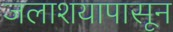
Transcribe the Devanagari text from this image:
जलाशयापासून